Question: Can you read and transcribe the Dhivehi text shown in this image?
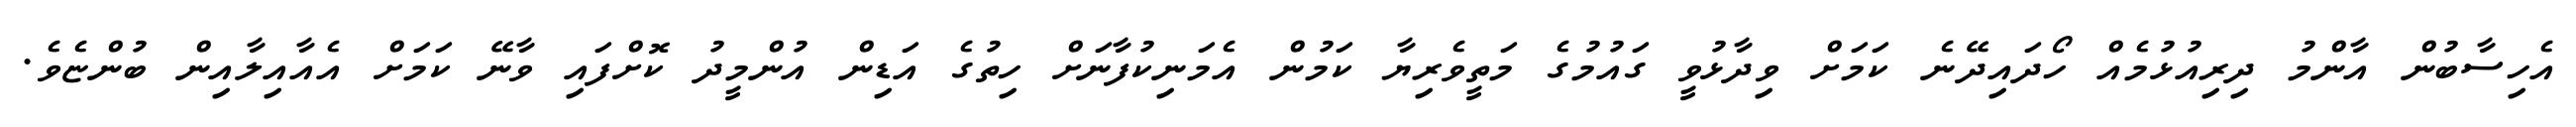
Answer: އެހިސާބުން އާންމު ދިރިއުޅުމެއް ހޯދައިދޭނެ ކަމަށް ވިދާޅުވީ ގައުމުގެ މަތީވެރިޔާ ކަމުން އެމަނިކުފާނަށް ހިތުގެ އަޑިން އުންމީދު ކޮށްފައި ވާނޭ ކަމަށް އެއާއިލާއިން ބުންޏެވެ.